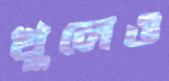
খুলেও